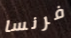
فرنسا